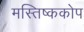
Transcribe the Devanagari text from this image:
मस्तिष्ककोप